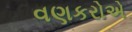
વણકરોએ